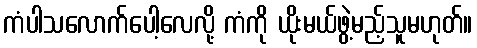
ကံပါသလောက်ပေါ့လေလို့ ကံကို ယိုးမယ်ဖွဲ့မည့်သူမဟုတ်။